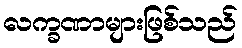
လက္ခဏာများဖြစ်သည်